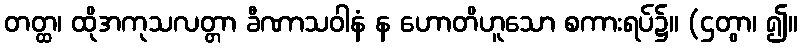
တတ္ထ၊ ထိုအကုသလတ္တာ ခီဏာသဝါနံ န ဟောတိဟူသော စကားရပ်၌။ (ဌတွာ၊ ၍။